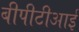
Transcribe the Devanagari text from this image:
बीपीटीआई